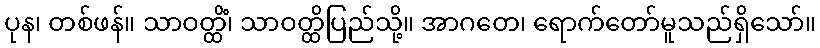
ပုန၊ တစ်ဖန်။ သာဝတ္ထိံ၊ သာဝတ္ထိပြည်သို့။ အာဂတေ၊ ရောက်တော်မူသည်ရှိသော်။